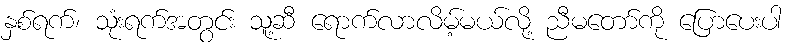
နှစ်ရက်၊ သုံးရက်အတွင်း သူ့ဆီ ရောက်လာလိမ့်မယ်လို့ ညီမတော်ကို ပြောပေးပါ